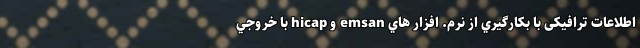
اطلاعات ترافیکی با بكارگيري از نرم. افزار هاي emsan و hicap با خروجي